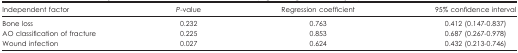
<table><thead><tr><td><b>Independent factor</b></td><td><b><i>P</i>-value</b></td><td><b>Regression coefficient</b></td><td><b>95% confidence interval</b></td></tr></thead><tbody><tr><td>Bone loss</td><td>0.232</td><td>0.763</td><td>0.412 (0.147-0.837)</td></tr><tr><td>AO classification of fracture</td><td>0.225</td><td>0.853</td><td>0.687 (0.267-0.978)</td></tr><tr><td>Wound infection</td><td>0.027</td><td>0.624</td><td>0.432 (0.213-0.746)</td></tr></tbody></table>